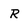
Character: R